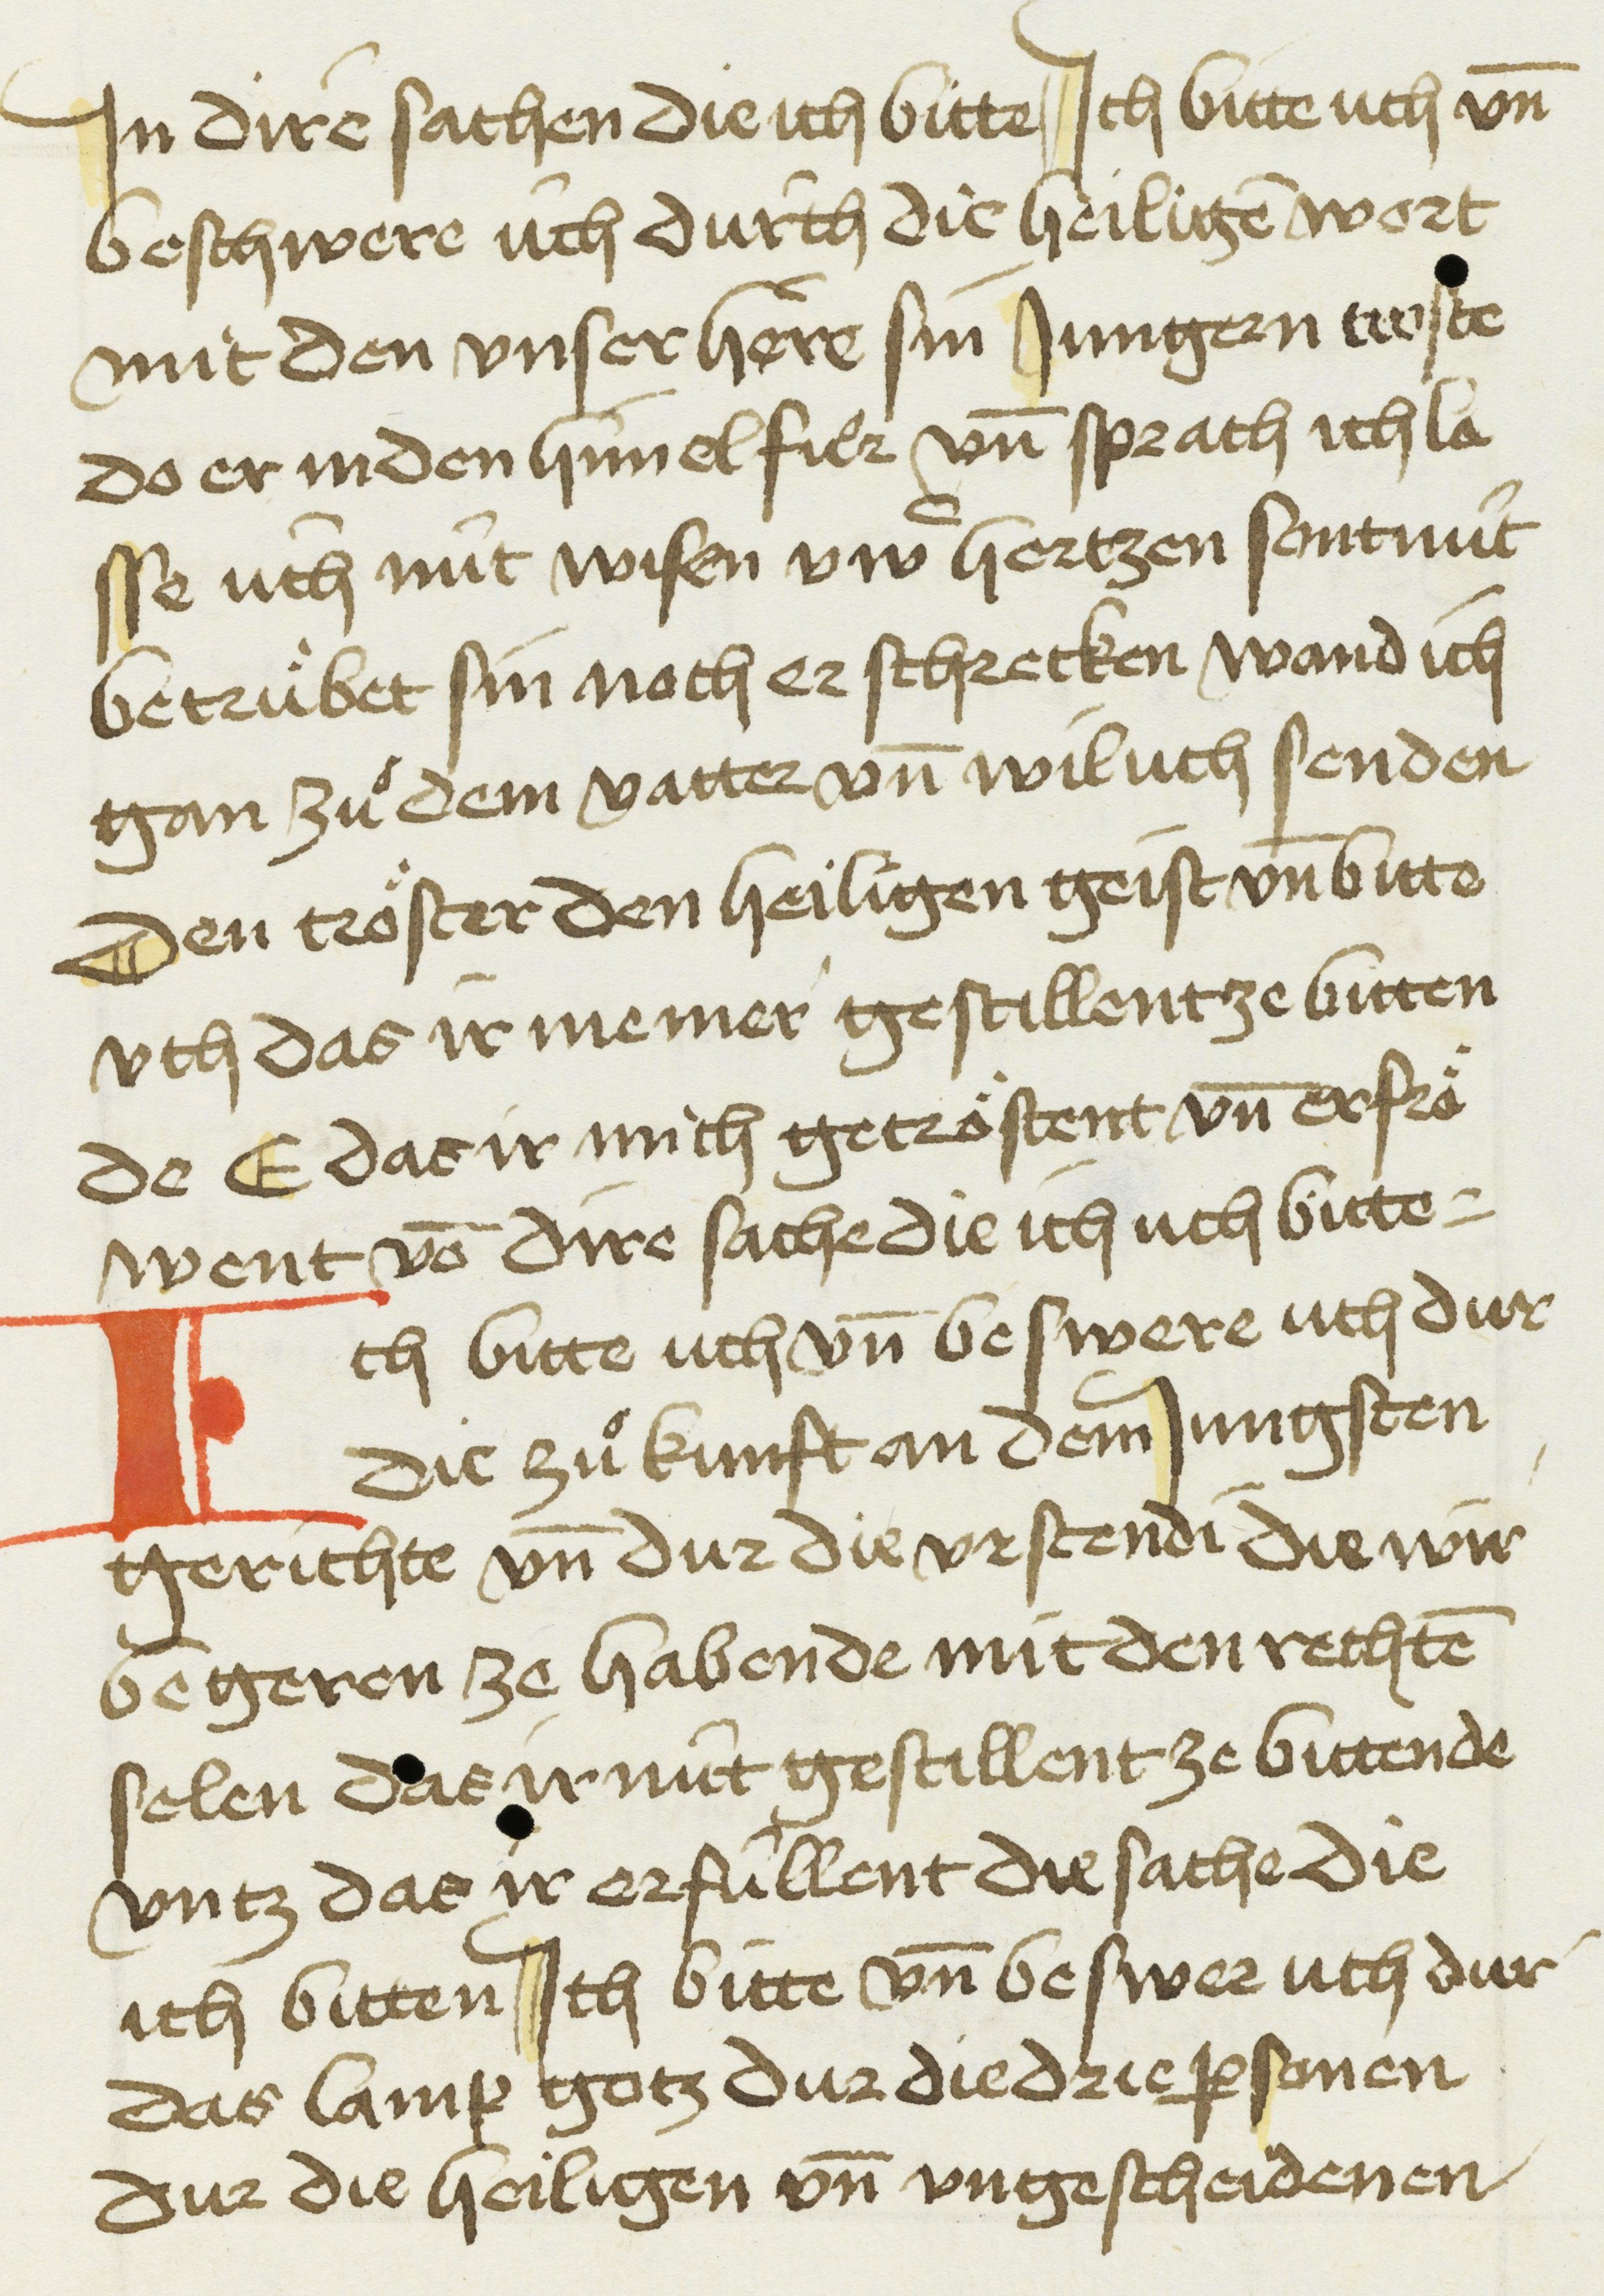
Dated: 1450–1499